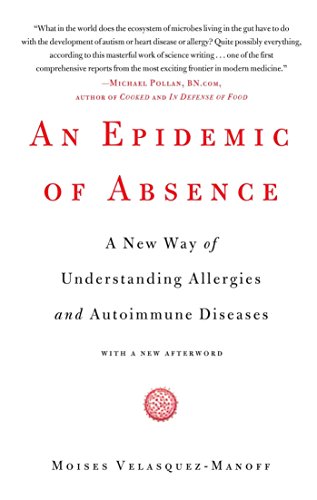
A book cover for An Epidemic of Absence: A New Way of Understanding Allergies and Autoimmune Diseases; Moises Velasquez-Manoff; Biographies & Memoirs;